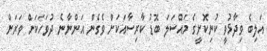
އަލިބެ ވިދާޅުވީ ކުނިކޮށީގެ މައްސަލަ ބޮޑު ކާރިސާއަކަށް ވެގެން އަންނާނެ ދުވަހަކަށް ވަރަށް